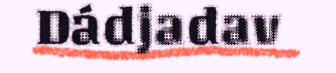
Dádjadav